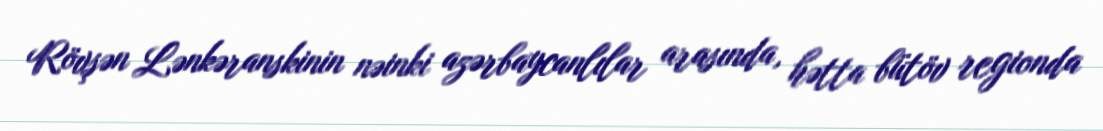
Rövşən Lənkəranskinin nəinki azərbaycanlılar arasında, hətta bütöv regionda